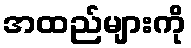
အထည်များကို